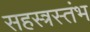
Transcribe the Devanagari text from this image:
सहस्त्रस्तंभ